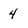
Character: 4